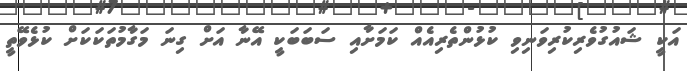
އަކީ ޝައުގުވެރިކުރިވަނިވި ކުޅުންތެރިއެއް ކަމަށާއި ސަބަބަކީ އޭނާ އަށް ގިނަ މަގާމުތަކަކަށް ކުޅެވޭތީ